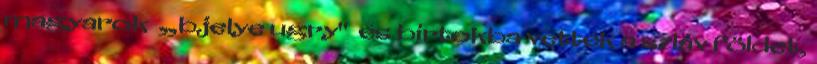
magyarok „bjelye ugry" és birtokba vették a szláv földet,